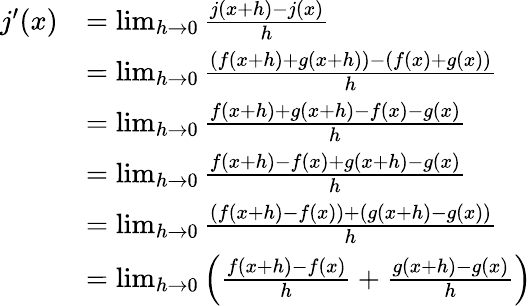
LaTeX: {\begin{array}{rl}{j^{\prime}(x)}&{=\operatorname*{lim}_{h\rightarrow 0}{\frac{j(x+h)-j(x)}{h}}}\\ &{=\operatorname*{lim}_{h\rightarrow 0}{\frac{\left(f(x+h)+g(x+h)\right)-\left(f(x)+g(x)\right)}{h}}}\\ &{=\operatorname*{lim}_{h\rightarrow 0}{\frac{f(x+h)+g(x+h)-f(x)-g(x)}{h}}}\\ &{=\operatorname*{lim}_{h\rightarrow 0}{\frac{f(x+h)-f(x)+g(x+h)-g(x)}{h}}}\\ &{=\operatorname*{lim}_{h\rightarrow 0}{\frac{(f(x+h)-f(x))+(g(x+h)-g(x))}{h}}}\\ &{=\operatorname*{lim}_{h\rightarrow 0}\left({\frac{f(x+h)-f(x)}{h}}+{\frac{g(x+h)-g(x)}{h}}\right)}\end{array}}